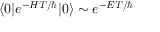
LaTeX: \langle 0 | e ^ { - H T / \hbar } | 0 \rangle \sim e ^ { - E T / \hbar }